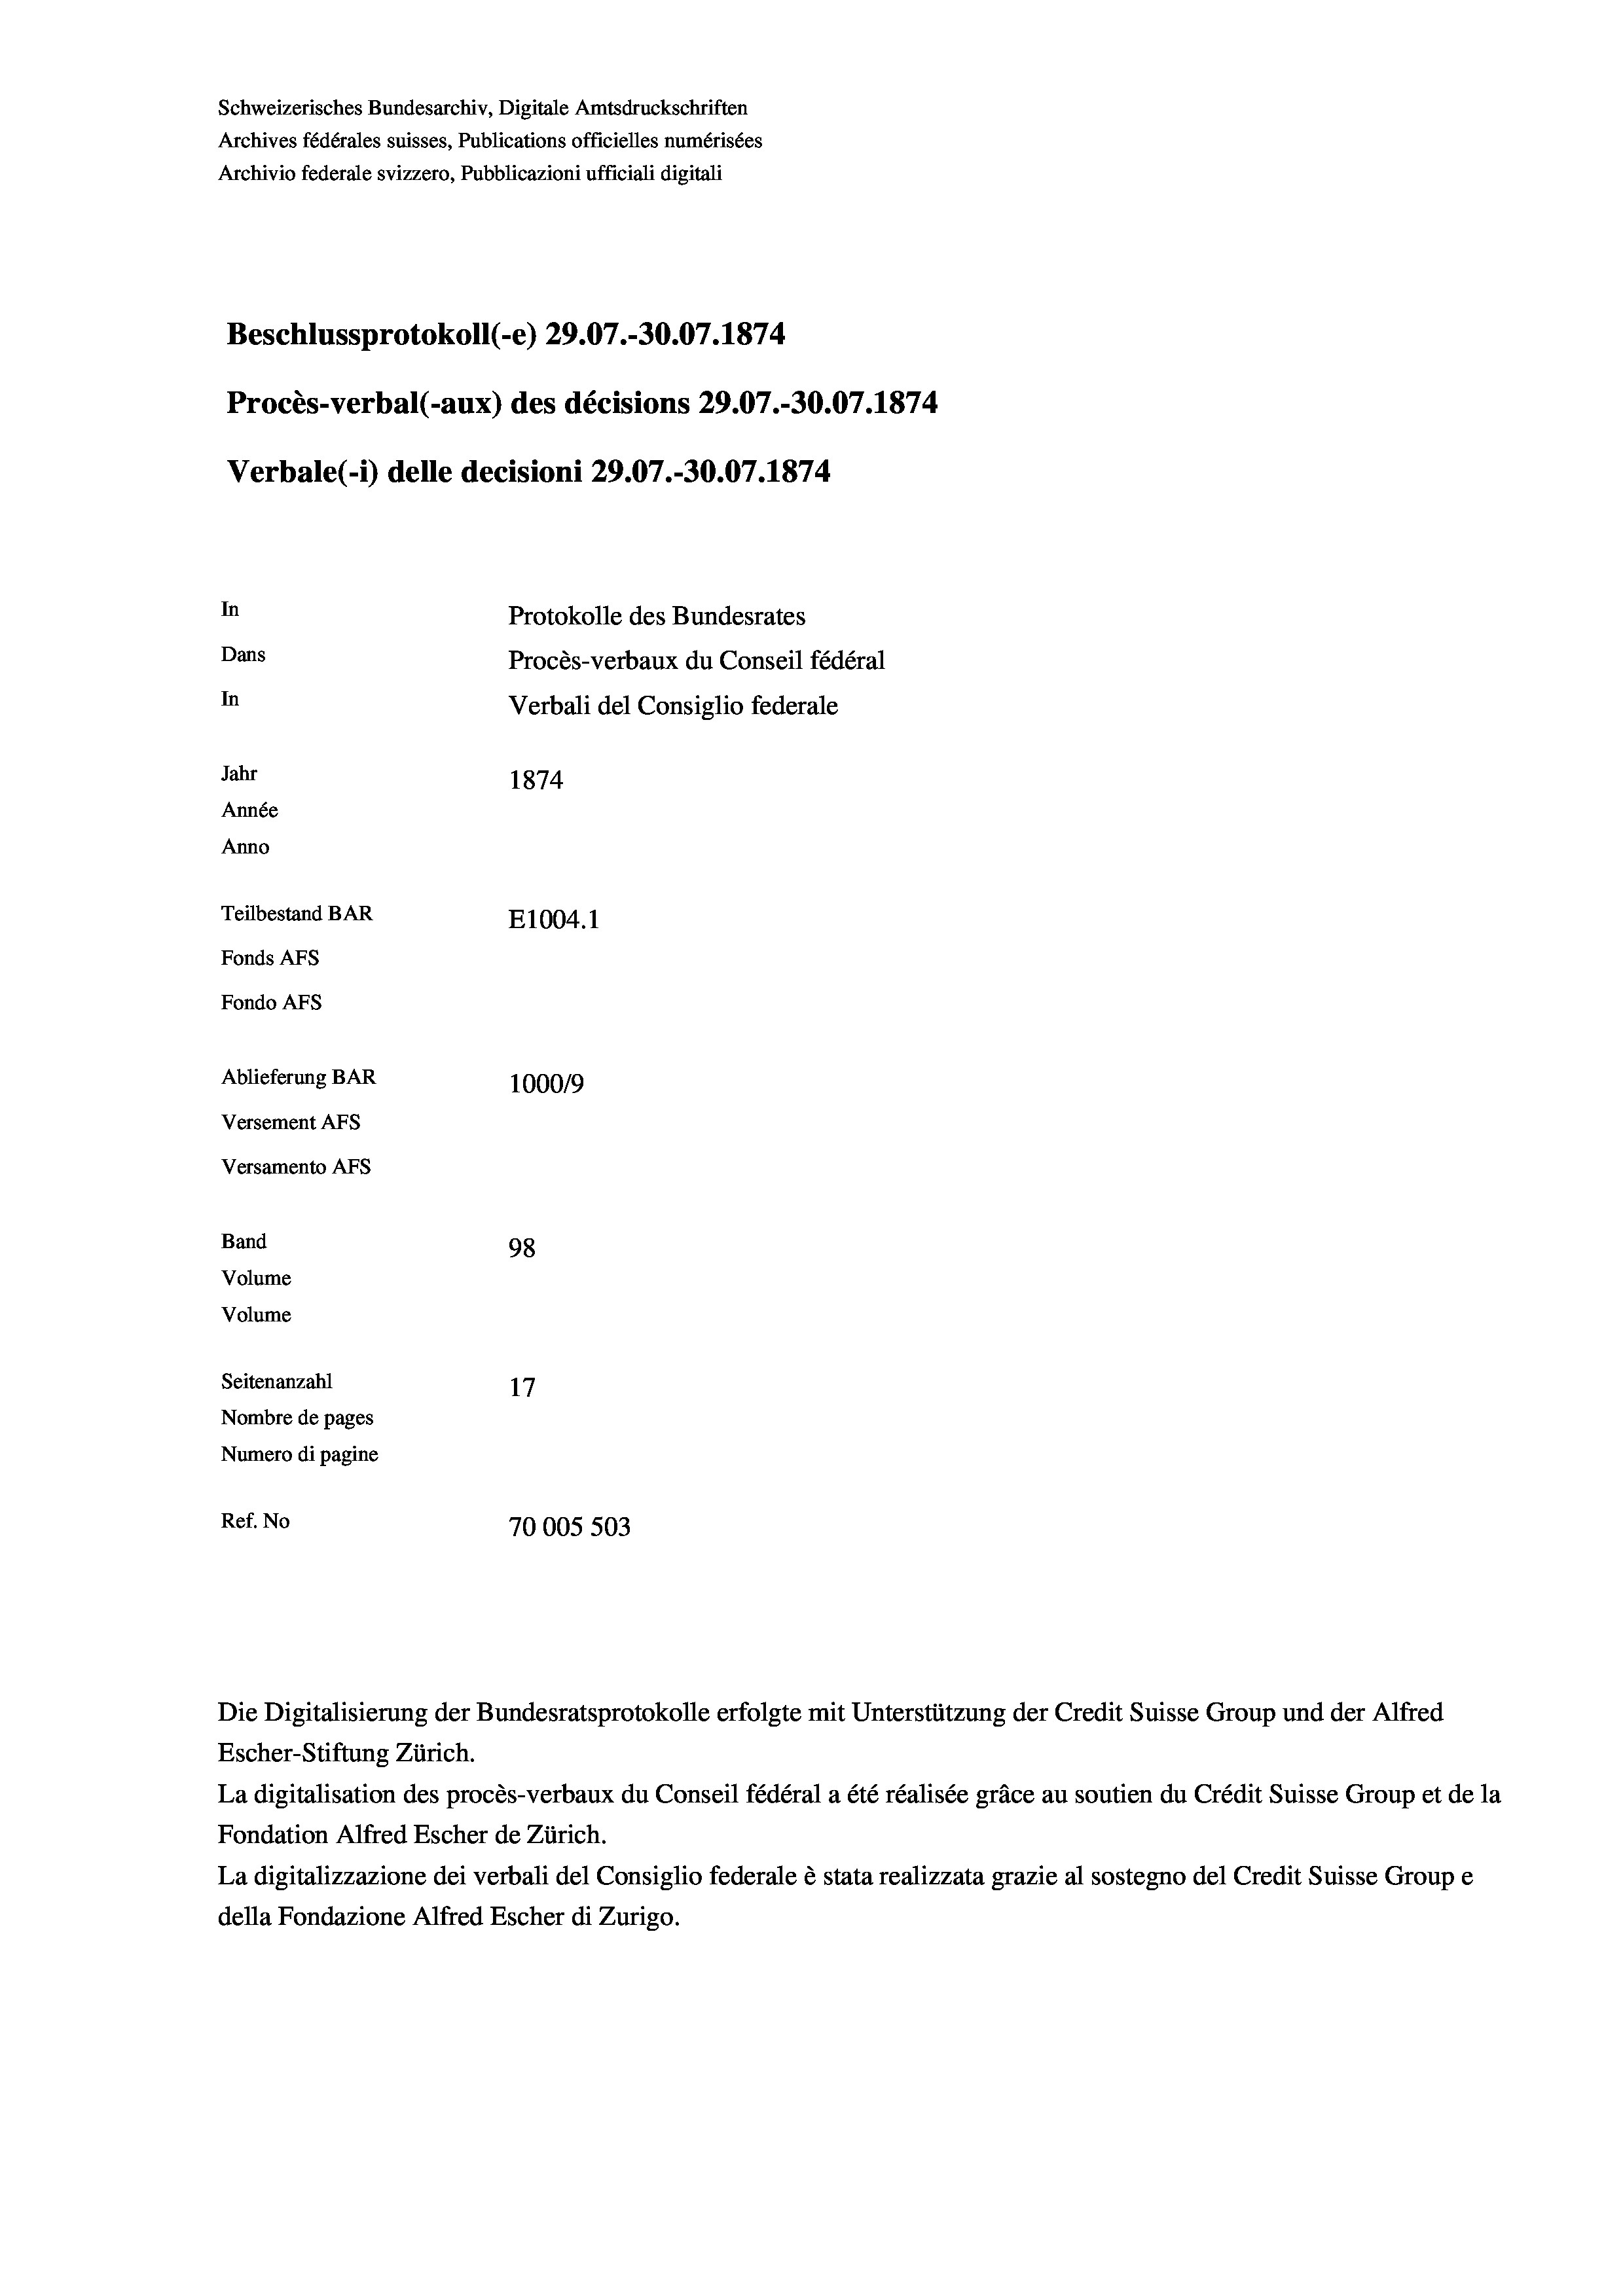
Schweizerisches Bundesarchiv, Digitale Amtsdruckschriften
Archives fédérales suisses, Publications officielles numérisées
Archivio federale svizzero, Pubblicazioni ufficiali digitali
Beschlussprotokoll (-e) 29.07.-30.07. 1874.
Procès-verbal (-aux) des décisions 29.07.-30.07. 1874
Verbale (- 1) delle decisioni 29.07.-30.07. 1874
In
Protokolle des Bundesrates
Dans
Procès-verbaux du Conseil fédéral
In
Verbali del Consiglio federale
Jahr
1874
Année
Anno
Teilbestand BAR
E1004. 1
Fonds AFs
Fondo AFS
Ablieferung BAR
100019
Versement AFs
Versamento AFs
Band
98

Volume
Volume
Seitenanzahl
17
Nombre de pages
Numero di pagine
Ref. No
70005 503

Escher-Stiftung Zürich.
La digitalisation des procès-verbaux du Conseil fédéral a été réalisée gräce au soutien du Crédit Suisse Group et de la
Fondation Alfred Escher de Zürich.
La digitalizzazione dei verbali del Consiglio federale è stata realizzata grazie al sostegno del Credit Suisse Groupe
della Fondazione Alfred Escher di Zurigo.

Die Digitalisierung der Bundesratsprotokolle erfolgte mit Unterstützung der Credit Suisse Group und der Alfred